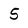
Character: 5